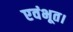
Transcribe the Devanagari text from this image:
एवंभूत।